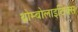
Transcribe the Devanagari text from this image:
थ्रोम्बोलाइटिक्स